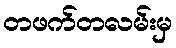
တဖက်တလမ်းမှ